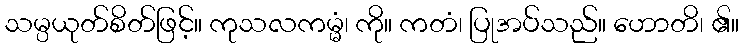
သမ္ပယုတ်စိတ်ဖြင့်။ ကုသလကမ္မံ၊ ကို။ ကတံ၊ ပြုအပ်သည်။ ဟောတိ၊ ၏။